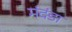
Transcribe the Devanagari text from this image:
मंदंडा